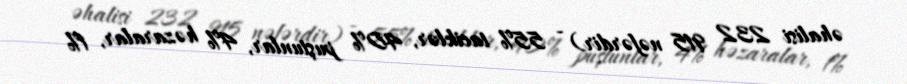
əhalisi 232 915 nəfərdir) - 55% taciklər, 40% puştunlar, 4% həzaralar, 1%